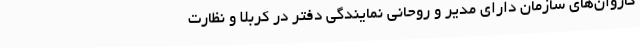
کاروان‌های سازمان دارای مدیر و روحانی نمایندگی دفتر در کربلا و نظارت